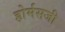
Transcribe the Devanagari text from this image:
होर्मसजी